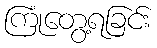
ကြုံတွေ့ရခြင်း